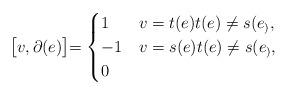
LaTeX: \begin{align*} \bigr[v, \partial (e)\bigl] = \begin{cases}1 & v=t(e) t(e)\neq s(e_), \\-1 & v=s(e) t(e)\neq s(e_),\\0 & \end{cases}\end{align*}